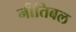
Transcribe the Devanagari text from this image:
नीतिबल